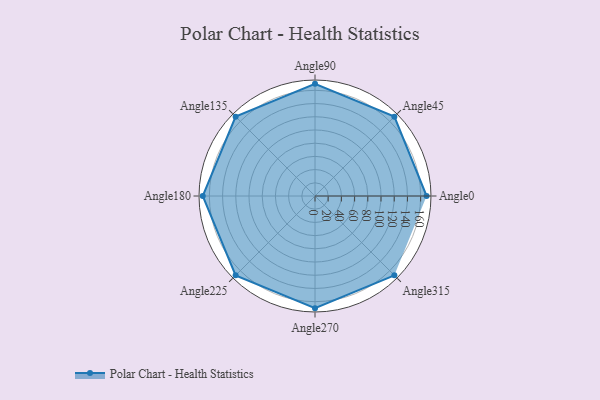
{"axis": {"x": "Angle", "y": "Radius"}, "legend": [""], "data": [{"x": "Angle0", "y": 169.0, "type": ""}, {"x": "Angle45", "y": 170, "type": ""}, {"x": "Angle90", "y": 170, "type": ""}, {"x": "Angle135", "y": 170, "type": ""}, {"x": "Angle180", "y": 170, "type": ""}, {"x": "Angle225", "y": 170, "type": ""}, {"x": "Angle270", "y": 170, "type": ""}, {"x": "Angle315", "y": 170, "type": ""}]}